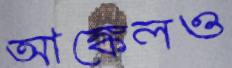
আঙ্কেলও